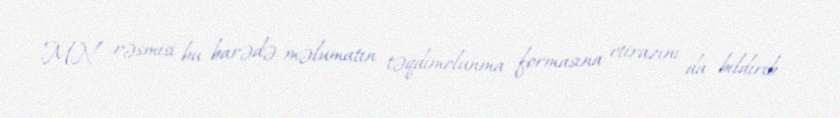
MN rəsmisi bu barədə məlumatın təqdimolunma formasına etirazını da bildirib.